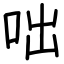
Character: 咄